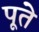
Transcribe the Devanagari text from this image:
पूते